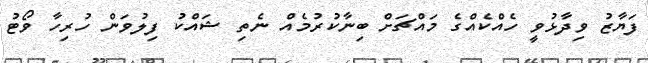
ފަޔާޒު ވިދާޅުވީ ހެއްކެއްގެ މައްޗަށް ބިނާކުރުމެއް ނެތި ޝައްކު ފިލުވަން ހުރިހާ ވޯޓު